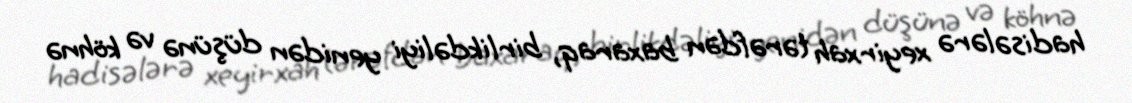
hadisələrə xeyirxah tərəfdən baxaraq, birlikdəliyi yenidən düşünə və köhnə